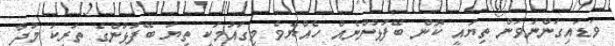
ވަޑައިގަންނަވަން ތިޔައީ ކޮން ބޭފުޅުންނެއް ހެއްޔެވެ މިގައުމަކީ ތިޔަ ބޭފުޅުންގެ ތަރިކަ މުދާ